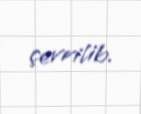
çevrilib.